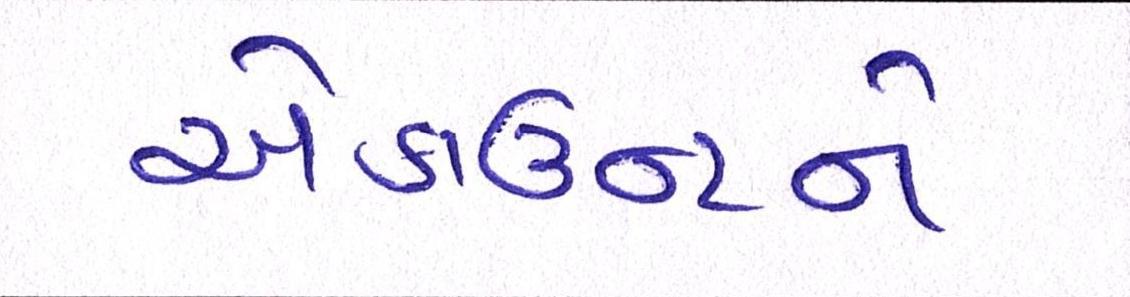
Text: એકાઉન્ટને